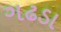
ગઢડા